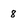
Character: 8